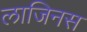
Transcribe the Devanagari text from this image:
लाजिनस